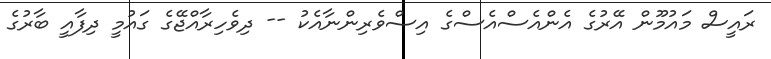
ރައީސް މައުމޫން އޭރުގެ އެންއެސްއެސްގެ އިސްވެރިންނާއެކު -- ދިވެހިރާއްޖޭގެ ގައުމީ ދިފާއީ ބާރުގެ